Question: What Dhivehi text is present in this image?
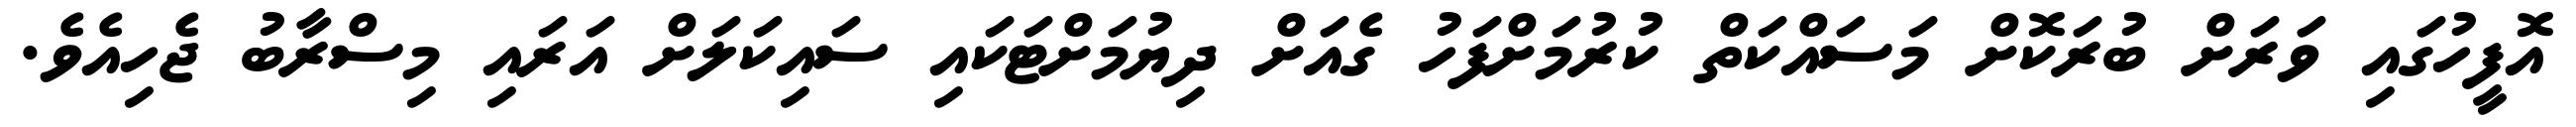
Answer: އޮފީހުގައި ވަރަށް ބުރަކޮށް މަސައްކަތް ކުރުމަށްފަހު ގެއަށް ދިޔުމަށްޓަކައި ސައިކަލަށް އަރައި މިސްރާބު ޖެހިއެވެ.